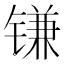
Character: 𰾮